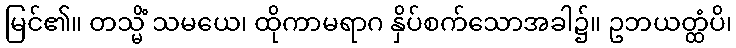
မြင်၏။ တသ္မိံ သမယေ၊ ထိုကာမရာဂ နှိပ်စက်သောအခါ၌။ ဥဘယတ္ထံပိ၊